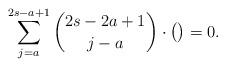
LaTeX: \begin{align*} \sum_{j=a}^{2s-a+1}\binom {2s-2a+1}{j-a}\cdot\big(\big)=0.\end{align*}